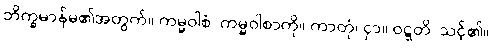
ဘိက္ခမာန်မ၏အတွက်။ ကမ္မဝါစံ၊ ကမ္မဝါစာကို။ ကာတုံ၊ ငှာ။ ဝဋ္ဋတိ၊ သင့်၏။